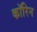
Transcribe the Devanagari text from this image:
कॉरिन